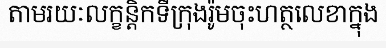
តាមរយៈលក្ខន្តិកទីក្រុងរ៉ូមចុះហត្ថលេខាក្នុង